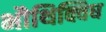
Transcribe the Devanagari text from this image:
भौथिक्विध